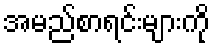
အမည်စာရင်းများကို